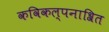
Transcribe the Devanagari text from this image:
कविकल्पनाश्रित